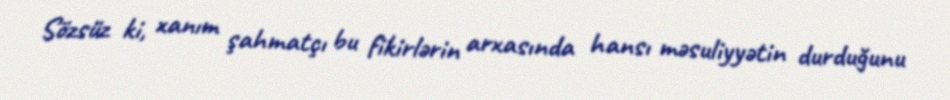
Sözsüz ki, xanım şahmatçı bu fikirlərin arxasında hansı məsuliyyətin durduğunu